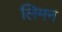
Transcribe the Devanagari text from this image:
लिमन